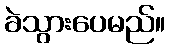
ခဲသွားပေမည်။